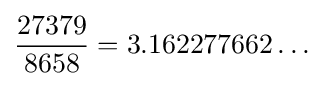
{\frac {27379}{8658}}=3.162277662\dots